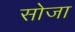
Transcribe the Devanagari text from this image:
सोजा